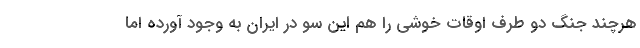
هرچند جنگ دو طرف اوقات خوشی را هم این سو در ایران به وجود آورده اما